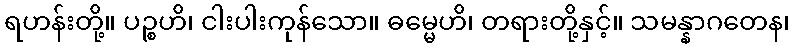
ရဟန်းတို့။ ပဉ္စဟိ၊ ငါးပါးကုန်သော။ ဓမ္မေဟိ၊ တရားတို့နှင့်။ သမန္နာဂတေန၊